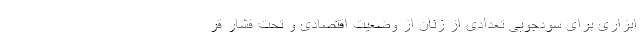
ابزاری برای سودجویی تعدادی از زنان از وضعیت اقتصادی و تحت فشار قر